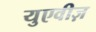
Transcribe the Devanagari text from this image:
युएवीज़